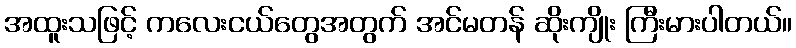
အထူးသဖြင့် ကလေးငယ်တွေအတွက် အင်မတန် ဆိုးကျိုး ကြီးမားပါတယ်။